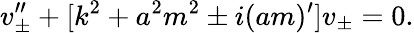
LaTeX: v_{\pm}^{\prime\prime}+[k^{2}+a^{2}m^{2}\pm i(am)^{\prime}]v_{\pm}=0.